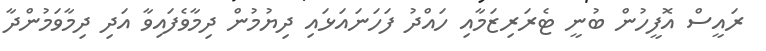
ރައީސް އޮފީހުން ބުނީ ޓެރަރިޒަމާއި ހައްދު ފަހަނައަޅައި ދިޔުމުން ދިމާވެފައިވާ އަދި ދިމާވަމުންދާ